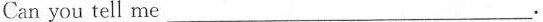
Can you tell me ___ 。